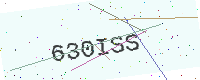
Text: 630ISS